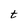
Character: t